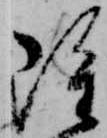
雖